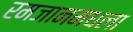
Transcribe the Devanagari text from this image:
रमजानमधला